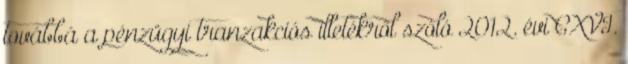
továbbá a pénzügyi tranzakciós illetékről szóló 2012. évi CXVI.